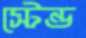
স্টেন্ড